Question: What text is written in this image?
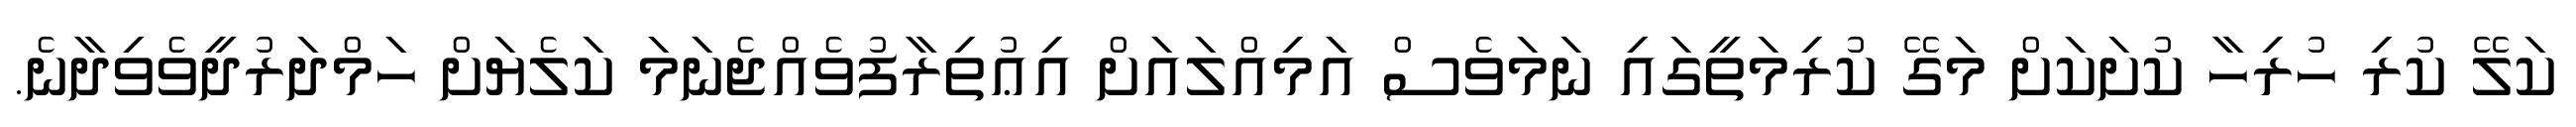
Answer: ކަލޭ ކުރި ހުރިހާ ކުށަކަށް މަގޭ ކުރިމަތީގައި ނަމަވެސް އަމިއްލައަށް އިޢުތިރާފުވެއްޖެނަމަ ކަލެޔަށް ހަމްދަރުދީވެވިދާނެ.